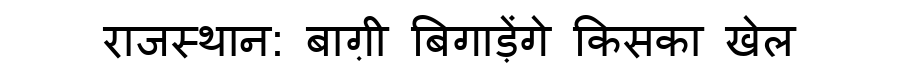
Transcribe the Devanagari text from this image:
राजस्थान: बाग़ी बिगाड़ेंगे किसका खेल